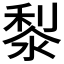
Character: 㴝